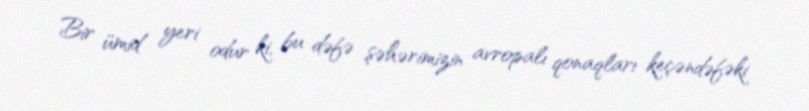
Bir ümid yeri odur ki, bu dəfə şəhərimizin avropalı qonaqları keçəndəfəki